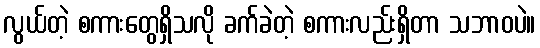
လွယ်တဲ့ စကားတွေရှိသလို ခက်ခဲတဲ့ စကားလည်းရှိတာ သဘာဝပဲ။